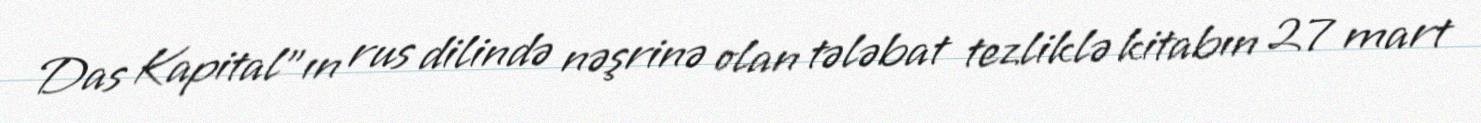
Das Kapital"ın rus dilində nəşrinə olan tələbat tezliklə kitabın 27 mart